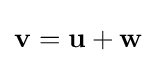
\mathbf {v} =\mathbf {u} +\mathbf {w}